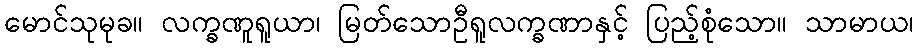
မောင်သုမုခ။ လက္ခဏူရူယာ၊ မြတ်သောဦရူလက္ခဏာနှင့် ပြည့်စုံသော။ သာမာယ၊